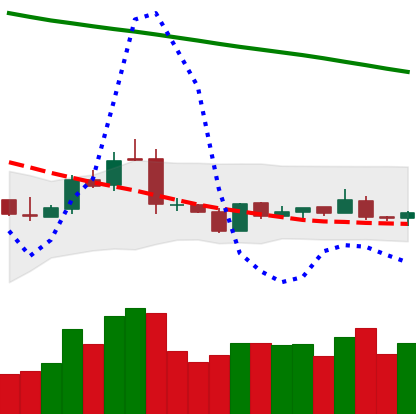
Ticker: NEO-USD
Chart end date: 2019-01-22
Forward return: -3.721%
Label: down_3_5